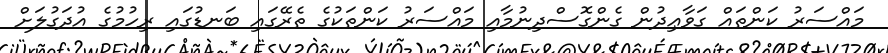
މައްސަރު ކަންތައް ގަވާޢިދުން ގެންގޮސްދިނުމާއި މައްސަރު ކަންތަކުގެ ތެރޭގައި ބަނޑުގައި ރިހުމުގެ އުދަގުލަށް